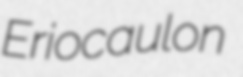
Eriocaulon